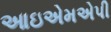
આઇએમએપી